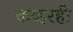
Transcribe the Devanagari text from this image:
कव्हरही